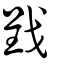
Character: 戜